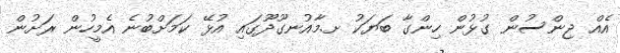
އެއް ޖިންސުން ގުޅުން ހިންގާ ބަޔަކު ށ.މާއުނގޫދޫގައި އުޅޭ ކަމަށްބުނެ އެމީހުން ރަށުން